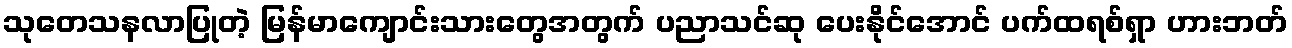
သုတေသနလာပြုတဲ့ မြန်မာကျောင်းသားတွေအတွက် ပညာသင်ဆု ပေးနိုင်အောင် ပက်ထရစ်ရှာ ဟားဘတ်